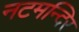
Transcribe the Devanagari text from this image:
नटमन्दिर